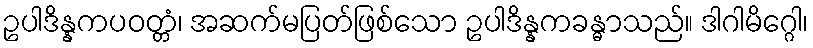
ဥပါဒိန္နကပဝတ္တံ၊ အဆက်မပြတ်ဖြစ်သော ဥပါဒိန္နကခန္ဓာသည်။ ဒါဂါမိဂ္ဂေါ၊